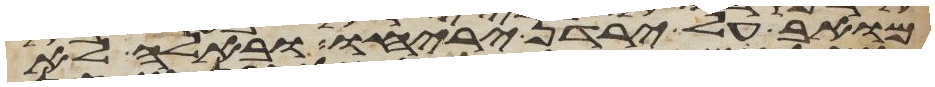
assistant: מואב על ירדן יריחו ובאלה לא